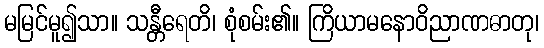
မမြင်မူ၍သာ။ သန္တီရေတိ၊ စုံစမ်း၏။ ကြိယာမနောဝိညာဏဓာတု၊